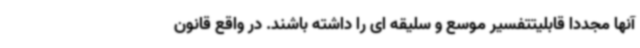
آنها مجدداً قابلیتتفسیر موسع و سلیقه ای را داشته باشند. در واقع قانون